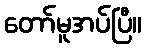
တော်မူအပ်ပြီ။